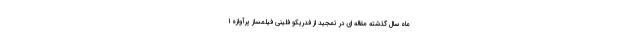
ماه سال گذشته مقاله ای در تمجید از فدریکو فلینی فیلمساز پرآوازه ا